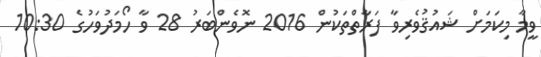
ވީމާ މިކަމަށް ޝައުޤުވެރިވާ ފަރާތްތަކުން 2016 ނޮވެންބަރު 28 ވާ ހޯމަދުވަހުގެ 10:30